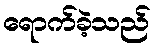
ရောက်ခဲ့သည်